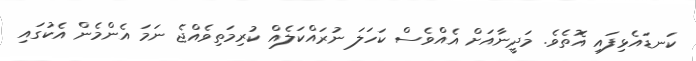
ކަނޑައެޅިފައި އޮތެވެ. މަދީނާއަށް އެއްވެސް ކަހަލަ ނުރައްކަލެއް ކުރިމަތިވެއްޖެ ނަމަ އެންމެން އެކުގައި